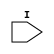

/*

FUNCTION	: MIN_OFF dummy simulation module

*/

`timescale  100 ps / 10 ps

`celldefine

module MIN_OFF (I);


    input  I;

endmodule

`endcelldefine